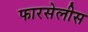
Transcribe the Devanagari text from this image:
फारसेलीस